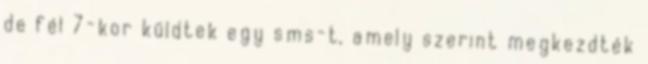
de fél 7-kor küldtek egy sms-t, amely szerint megkezdték